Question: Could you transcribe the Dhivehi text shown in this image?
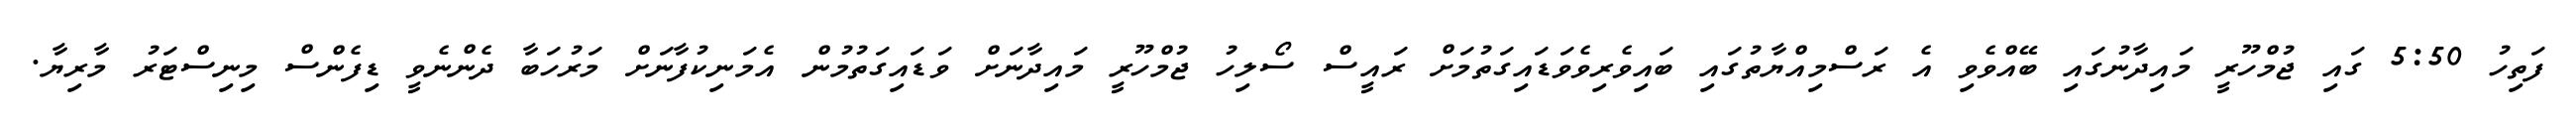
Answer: ފަތިހު 5:50 ގައި ޖުމްހޫރީ މައިދާނުގައި ބޭއްވެވި އެ ރަސްމިއްޔާތުގައި ބައިވެރިވެވަޑައިގަތުމަށް ރައީސް ސޯލިހު ޖުމްހޫރީ މައިދާނަށް ވަޑައިގަތުމުން އެމަނިކުފާނަށް މަރުހަބާ ދެންނެވީ ޑިފެންސް މިނިސްޓަރު މާރިޔާ.